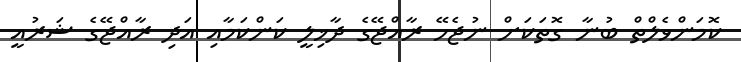
ކޮމަންވެލްތް ބުނާ ގޮތަކަށް ނުޖެހޭ ރާއްޖޭގެ ދާޚިލީ ކަންކަމާއި އަދި ރާއްޖޭގެ ޝަރުއީ